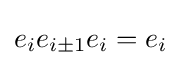
e_{i}e_{i\pm 1}e_{i}=e_{i}